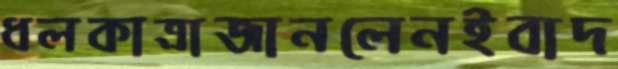
ধলকাত্রাজানলেনইবাদ